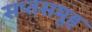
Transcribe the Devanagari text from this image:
सप्तसमूह